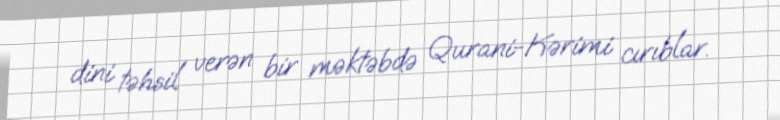
dini təhsil verən bir məktəbdə Qurani-Kərimi cırıblar.